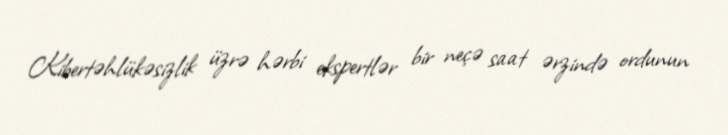
Kibertəhlükəsizlik üzrə hərbi ekspertlər bir neçə saat ərzində ordunun